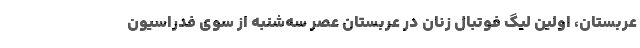
عربستان، اولین لیگ فوتبال زنان در عربستان عصر سه‌شنبه از سوی فدراسیون